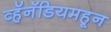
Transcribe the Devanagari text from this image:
व्हॅनॅडियमहून